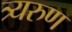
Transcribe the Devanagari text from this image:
त्र्यरुण